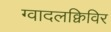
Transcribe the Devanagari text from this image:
ग्वादलक्विविर